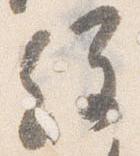
経